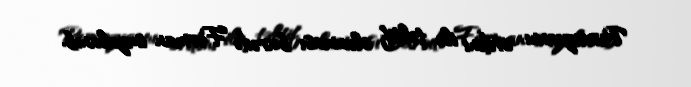
Pervozvannı ordeni ilə təltif olunması barədə Fərman imzalanıb.